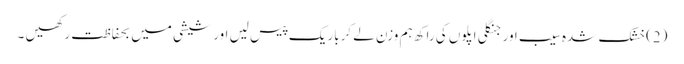
(2)خشک شدہ سیب اور جنگلی اپلوں کی راکھ ہم وزن لے کرباریک پیس لیں اور شیشی میں بحفاظت رکھیں ۔